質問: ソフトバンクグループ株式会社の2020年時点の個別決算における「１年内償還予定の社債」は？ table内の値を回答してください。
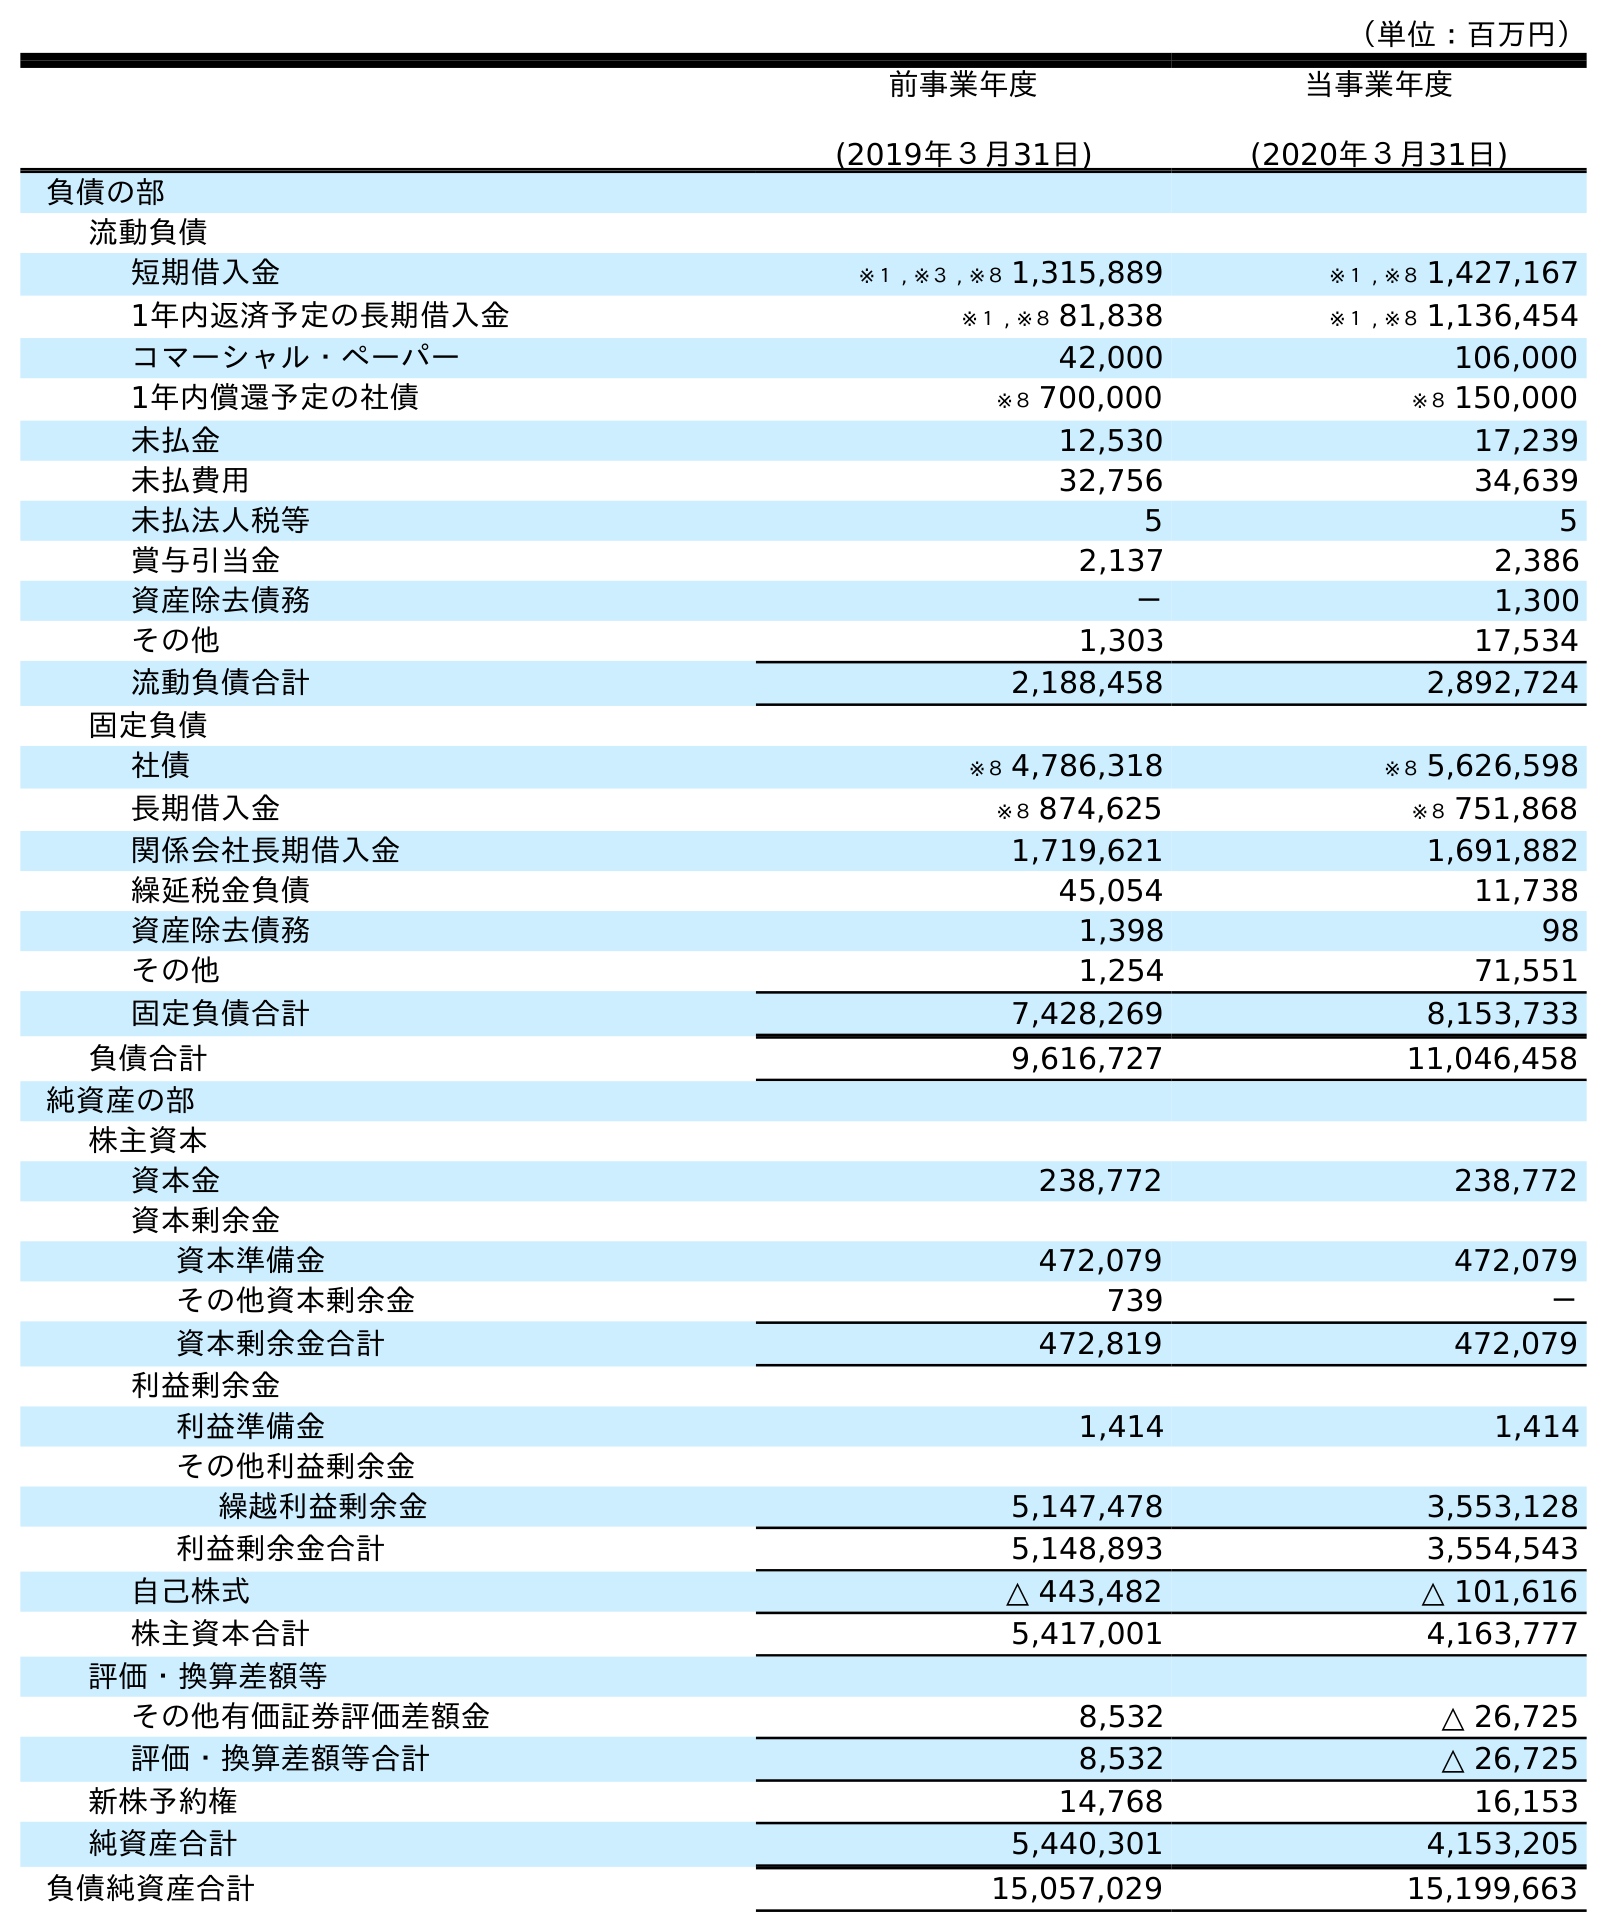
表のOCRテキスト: （単位：百万円） 前事業年度 (2019年３月31日) 当事業年度 (2020年３月31日) 負債の部 流動負債 短期借入金 ※１ , ※３ , ※８ 1,315,889 ※１ , ※８ 1,427,167 1年内返済予定の長期借入金 ※１ , ※８ 81,838 ※１ , ※８ 1,136,454 コマーシャル・ペーパー 42,000 106,000 1年内償還予定の社債 ※８ 700,000 ※８ 150,000 未払金 12,530 17,239 未払費用 32,756 34,639 未払法人税等 5 5 賞与引当金 2,137 2,386 資産除去債務 － 1,300 その他 1,303 17,534 流動負債合計 2,188,458 2,892,724 固定負債 社債 ※８ 4,786,318 ※８ 5,626,598 長期借入金 ※８ 874,625 ※８ 751,868 関係会社長期借入金 1,719,621 1,691,882 繰延税金負債 45,054 11,738 資産除去債務 1,398 98 その他 1,254 71,551 固定負債合計 7,428,269 8,153,733 負債合計 9,616,727 11,046,458 純資産の部 株主資本 資本金 238,772 238,772 資本剰余金 資本準備金 472,079 472,079 その他資本剰余金 739 － 資本剰余金合計 472,819 472,079 利益剰余金 利益準備金 1,414 1,414 その他利益剰余金 繰越利益剰余金 5,147,478 3,553,128 利益剰余金合計 5,148,893 3,554,543 自己株式 △ 443,482 △ 101,616 株主資本合計 5,417,001 4,163,777 評価・換算差額等 その他有価証券評価差額金 8,532 △ 26,725 評価・換算差額等合計 8,532 △ 26,725 新株予約権 14,768 16,153 純資産合計 5,440,301 4,153,205 負債純資産合計 15,057,029 15,199,663
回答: ※８150,000